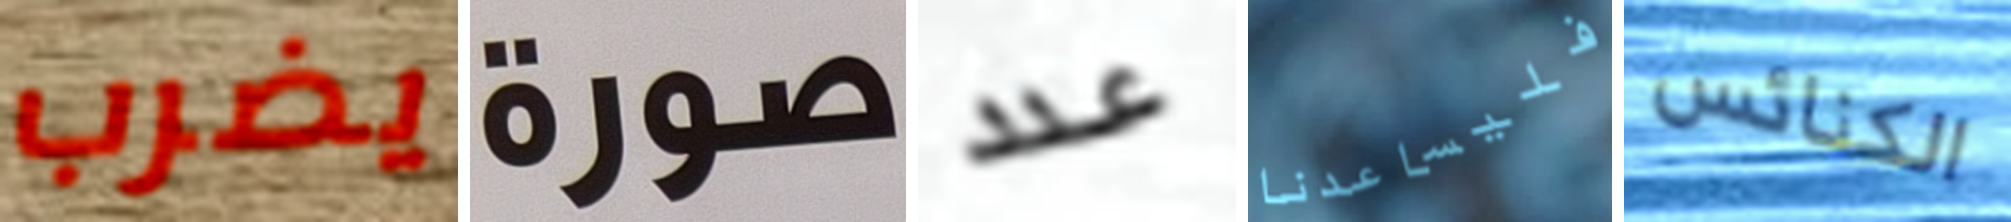
يضرب صورة عدد فليساعدنا الكنائس